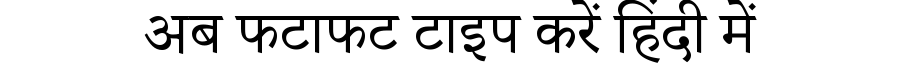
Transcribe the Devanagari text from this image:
अब फटाफट टाइप करें हिंदी में